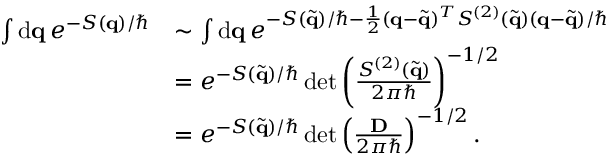
\begin{array} { r l } { \int \mathrm { d } \mathbf { q } \, e ^ { - S ( \mathbf { q } ) / \hbar } } & { \sim \int \mathrm { d } \mathbf { q } \, e ^ { - S ( \tilde { \mathbf { q } } ) / \hbar - \frac { 1 } { 2 } ( \mathbf { q } - \tilde { \mathbf { q } } ) ^ { T } S ^ { ( 2 ) } ( \tilde { \mathbf { q } } ) ( \mathbf { q } - \tilde { \mathbf { q } } ) / \hbar } } \\ & { = e ^ { - S ( \tilde { \mathbf { q } } ) / \hbar } \operatorname* { d e t } \left( \frac { S ^ { ( 2 ) } ( \tilde { \mathbf { q } } ) } { 2 \pi \hbar } \right) ^ { - 1 / 2 } } \\ & { = e ^ { - S ( \tilde { \mathbf { q } } ) / \hbar } \operatorname* { d e t } \left( \frac { \mathbf { D } } { 2 \pi \hbar } \right) ^ { - 1 / 2 } . } \end{array}